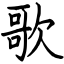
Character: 歌